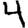
Digit: 4